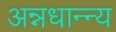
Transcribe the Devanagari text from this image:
अन्नधान्न्य